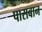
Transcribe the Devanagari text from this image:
पासबान